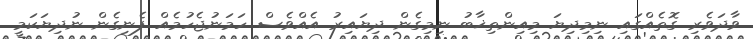
ވާދަވެރި ގޮތެއްގައި ނިމިދިޔަ މިއިންތިޚާބު ނިމިގެން ދިޔައިރު އެއްވެސް ހަމަނުޖެހުމެއް ފެނިގެން ނުދިޔަކަމީ